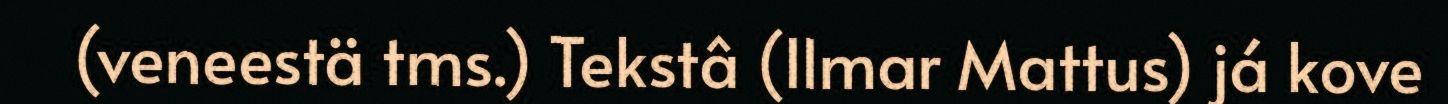
(veneestä tms.) Tekstâ (Ilmar Mattus) já kove